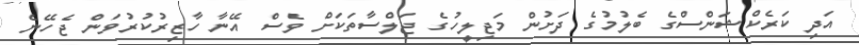
އަދި ކަރެކްޝަންސްގެ ބެލުމުގެ ދަށުން މަޖިލީހުގެ ޖަލްސާތަކަށް ވެސް އޭނާ ހާޒިރުކުރުވަން ޖެހޭނެ